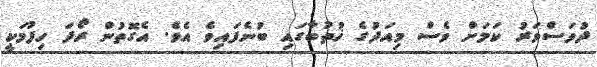
ދުވަސްވަރު ކަމަށް ވެސް މިއަދުގެ ޚުތުބާގައި ބުނެފައިވެ އެވެ. އެގޮތުން ރޯދަ ހިފުމަކީ